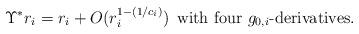
LaTeX: \begin{align*}\Upsilon^{*}r_{i}=r_{i}+O(r_{i}^{1-(1/c_i)})\;\,\textrm{with four $g_{0,i}$-derivatives.}\end{align*}